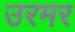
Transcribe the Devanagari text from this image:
उरमर